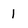
Character: 1